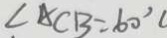
\angle A C B = 6 0 ^ { \circ }